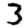
Digit: 3